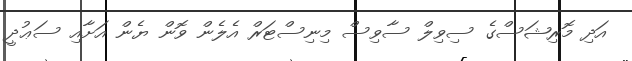
އަދި މޮރިޝަސްގެ ސިވިލް ސާވިސް މިނިސްޓަރް އެލެން ވޮން ޔެން އަށާއި ސަޢުދީ